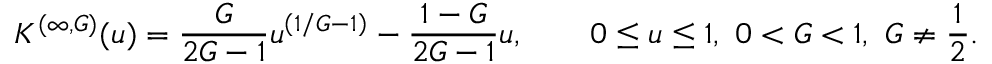
K ^ { ( \infty , G ) } ( u ) = \frac { G } { 2 G - 1 } u ^ { \left( 1 / G - 1 \right) } - \frac { 1 - G } { 2 G - 1 } u , \qquad 0 \le u \le 1 , \ 0 < G < 1 , \ G \neq \frac { 1 } { 2 } .